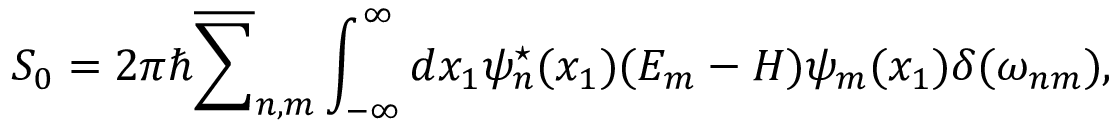
S _ { 0 } = 2 { \pi } { \hbar } \overline { { { \sum } } } _ { n , m } \int _ { - \infty } ^ { \infty } d x _ { 1 } { \psi } _ { n } ^ { \star } ( x _ { 1 } ) ( E _ { m } - H ) { \psi } _ { m } ( x _ { 1 } ) \delta ( { \omega } _ { n m } ) ,